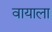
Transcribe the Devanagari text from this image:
वायाला